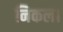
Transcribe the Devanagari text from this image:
निकल।